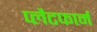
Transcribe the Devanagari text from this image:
प्‍लैटफार्म